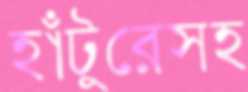
হাঁটুরেসহ